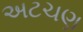
અટચણ